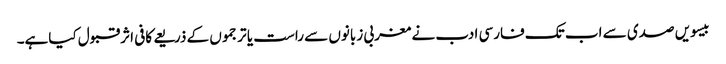
بیسویں صدی سے اب تک فارسی ادب نے مغربی زبانوں سے راست یا ترجموں کے ذریعے کافی اثرقبول کیاہے۔